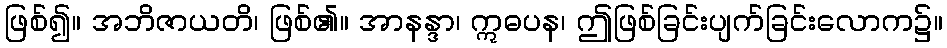
ဖြစ်၍။ အဘိဇာယတိ၊ ဖြစ်၏။ အာနန္ဒာ၊ ဣဓပန၊ ဤဖြစ်ခြင်းပျက်ခြင်းလောက၌။